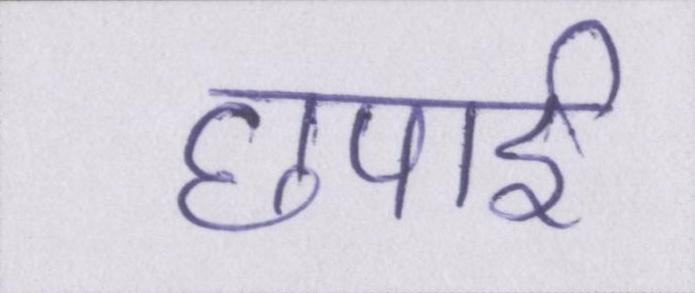
छपाई